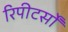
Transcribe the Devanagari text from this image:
रिपीटर्सों